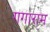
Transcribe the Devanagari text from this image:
गगाराम